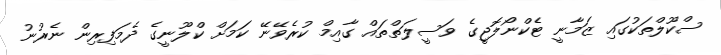
ސްކޫލްތަކުގައި ޒަމާނީ ޓެކްނޯލޮޖީގެ ވަސީލަތްތައް ގާއިމް ކުރެވޭނޭ ކަމަށް ކްލޫނީގެ ދެމަފިރިން ނެރުނު